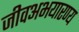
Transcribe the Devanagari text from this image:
जीवअभयारण्य